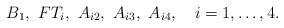
LaTeX: \begin{align*} B_1,\ F T_i,\ A_{i2},\ A_{i3},\ A_{i4}, \ \ \ i = 1, \dots, 4. \end{align*}